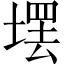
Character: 𪤄